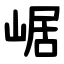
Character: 崌